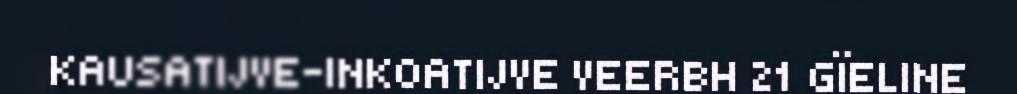
KAUSATIJVE-INKOATIJVE VEERBH 21 GÏELINE